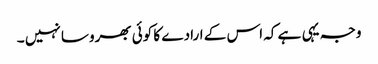
وجہ یہی ہے کہ اس کے ارادے کا کوئی بھروسا نہیں ۔